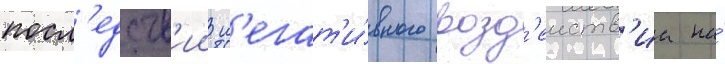
посл'едств'ии н'егат'и́вного возд'еиств'иа на́